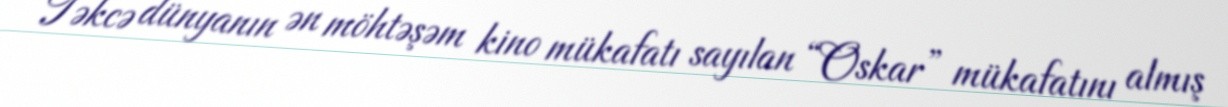
Təkcə dünyanın ən möhtəşəm kino mükafatı sayılan “Oskar” mükafatını almış